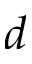
d